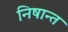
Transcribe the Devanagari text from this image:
निषान्त